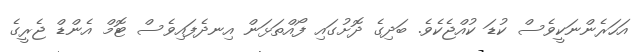
އަހަރެންނަކީވެސް ކުޑަ ކުއްޖެކެވެ. ބަދިގެ ދޮށުގައި ފޯއްތަޅަން އިނދެފައިވެސް ޓޮމް އެންޑް ޖެރީގެ